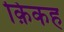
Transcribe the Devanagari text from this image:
क़िकह